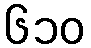
၆၁၀